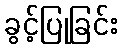
ခွင့်ပြုခြင်း